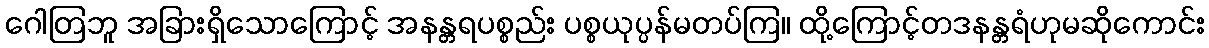
ဂေါတြဘူ အခြားရှိသောကြောင့် အနန္တရပစ္စည်း ပစ္စယုပ္ပန်မတပ်ကြ။ ထို့ကြောင့်တဒနန္တရံဟုမဆိုကောင်း